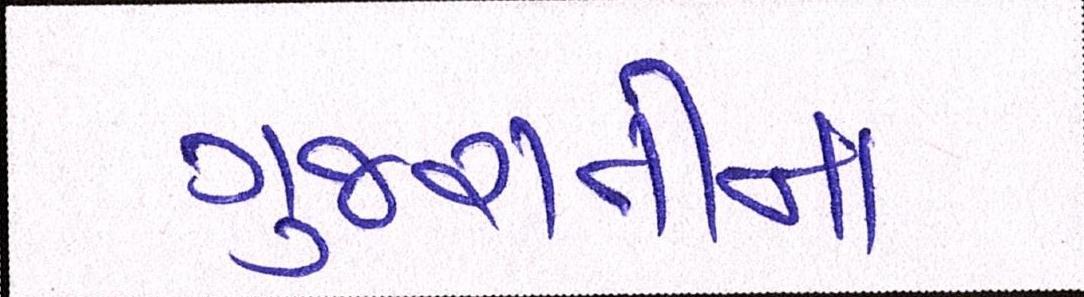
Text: ગુજરાતીના